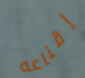
إقناعه